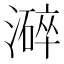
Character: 𱩌